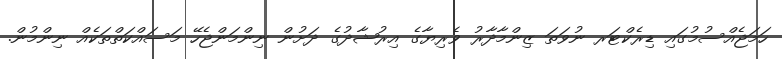
ހަމަޖެއްސުމުގައި ޑިރެކްޓަރ ނުވަތަ ޒިންމާދާރު ވެރިޔާގެ އިރުޝާދުގެ ދަށުން ނިންމަންޖެހޭ މަސައްކަތްތަކެއް ނިންމުން.